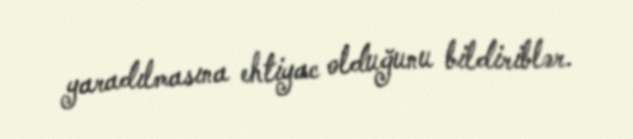
yaradılmasına ehtiyac olduğunu bildiriblər.